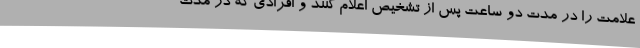
علامت را در مدت دو ساعت پس از تشخیص اعلام کنند و افرادی که در مدت